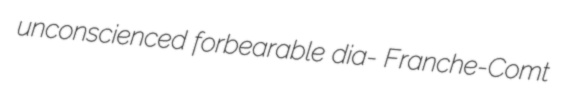
unconscienced forbearable dia- Franche-Comt